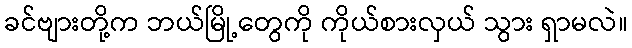
ခင်ဗျားတို့က ဘယ်မြို့တွေကို ကိုယ်စားလှယ် သွား ရှာမလဲ။